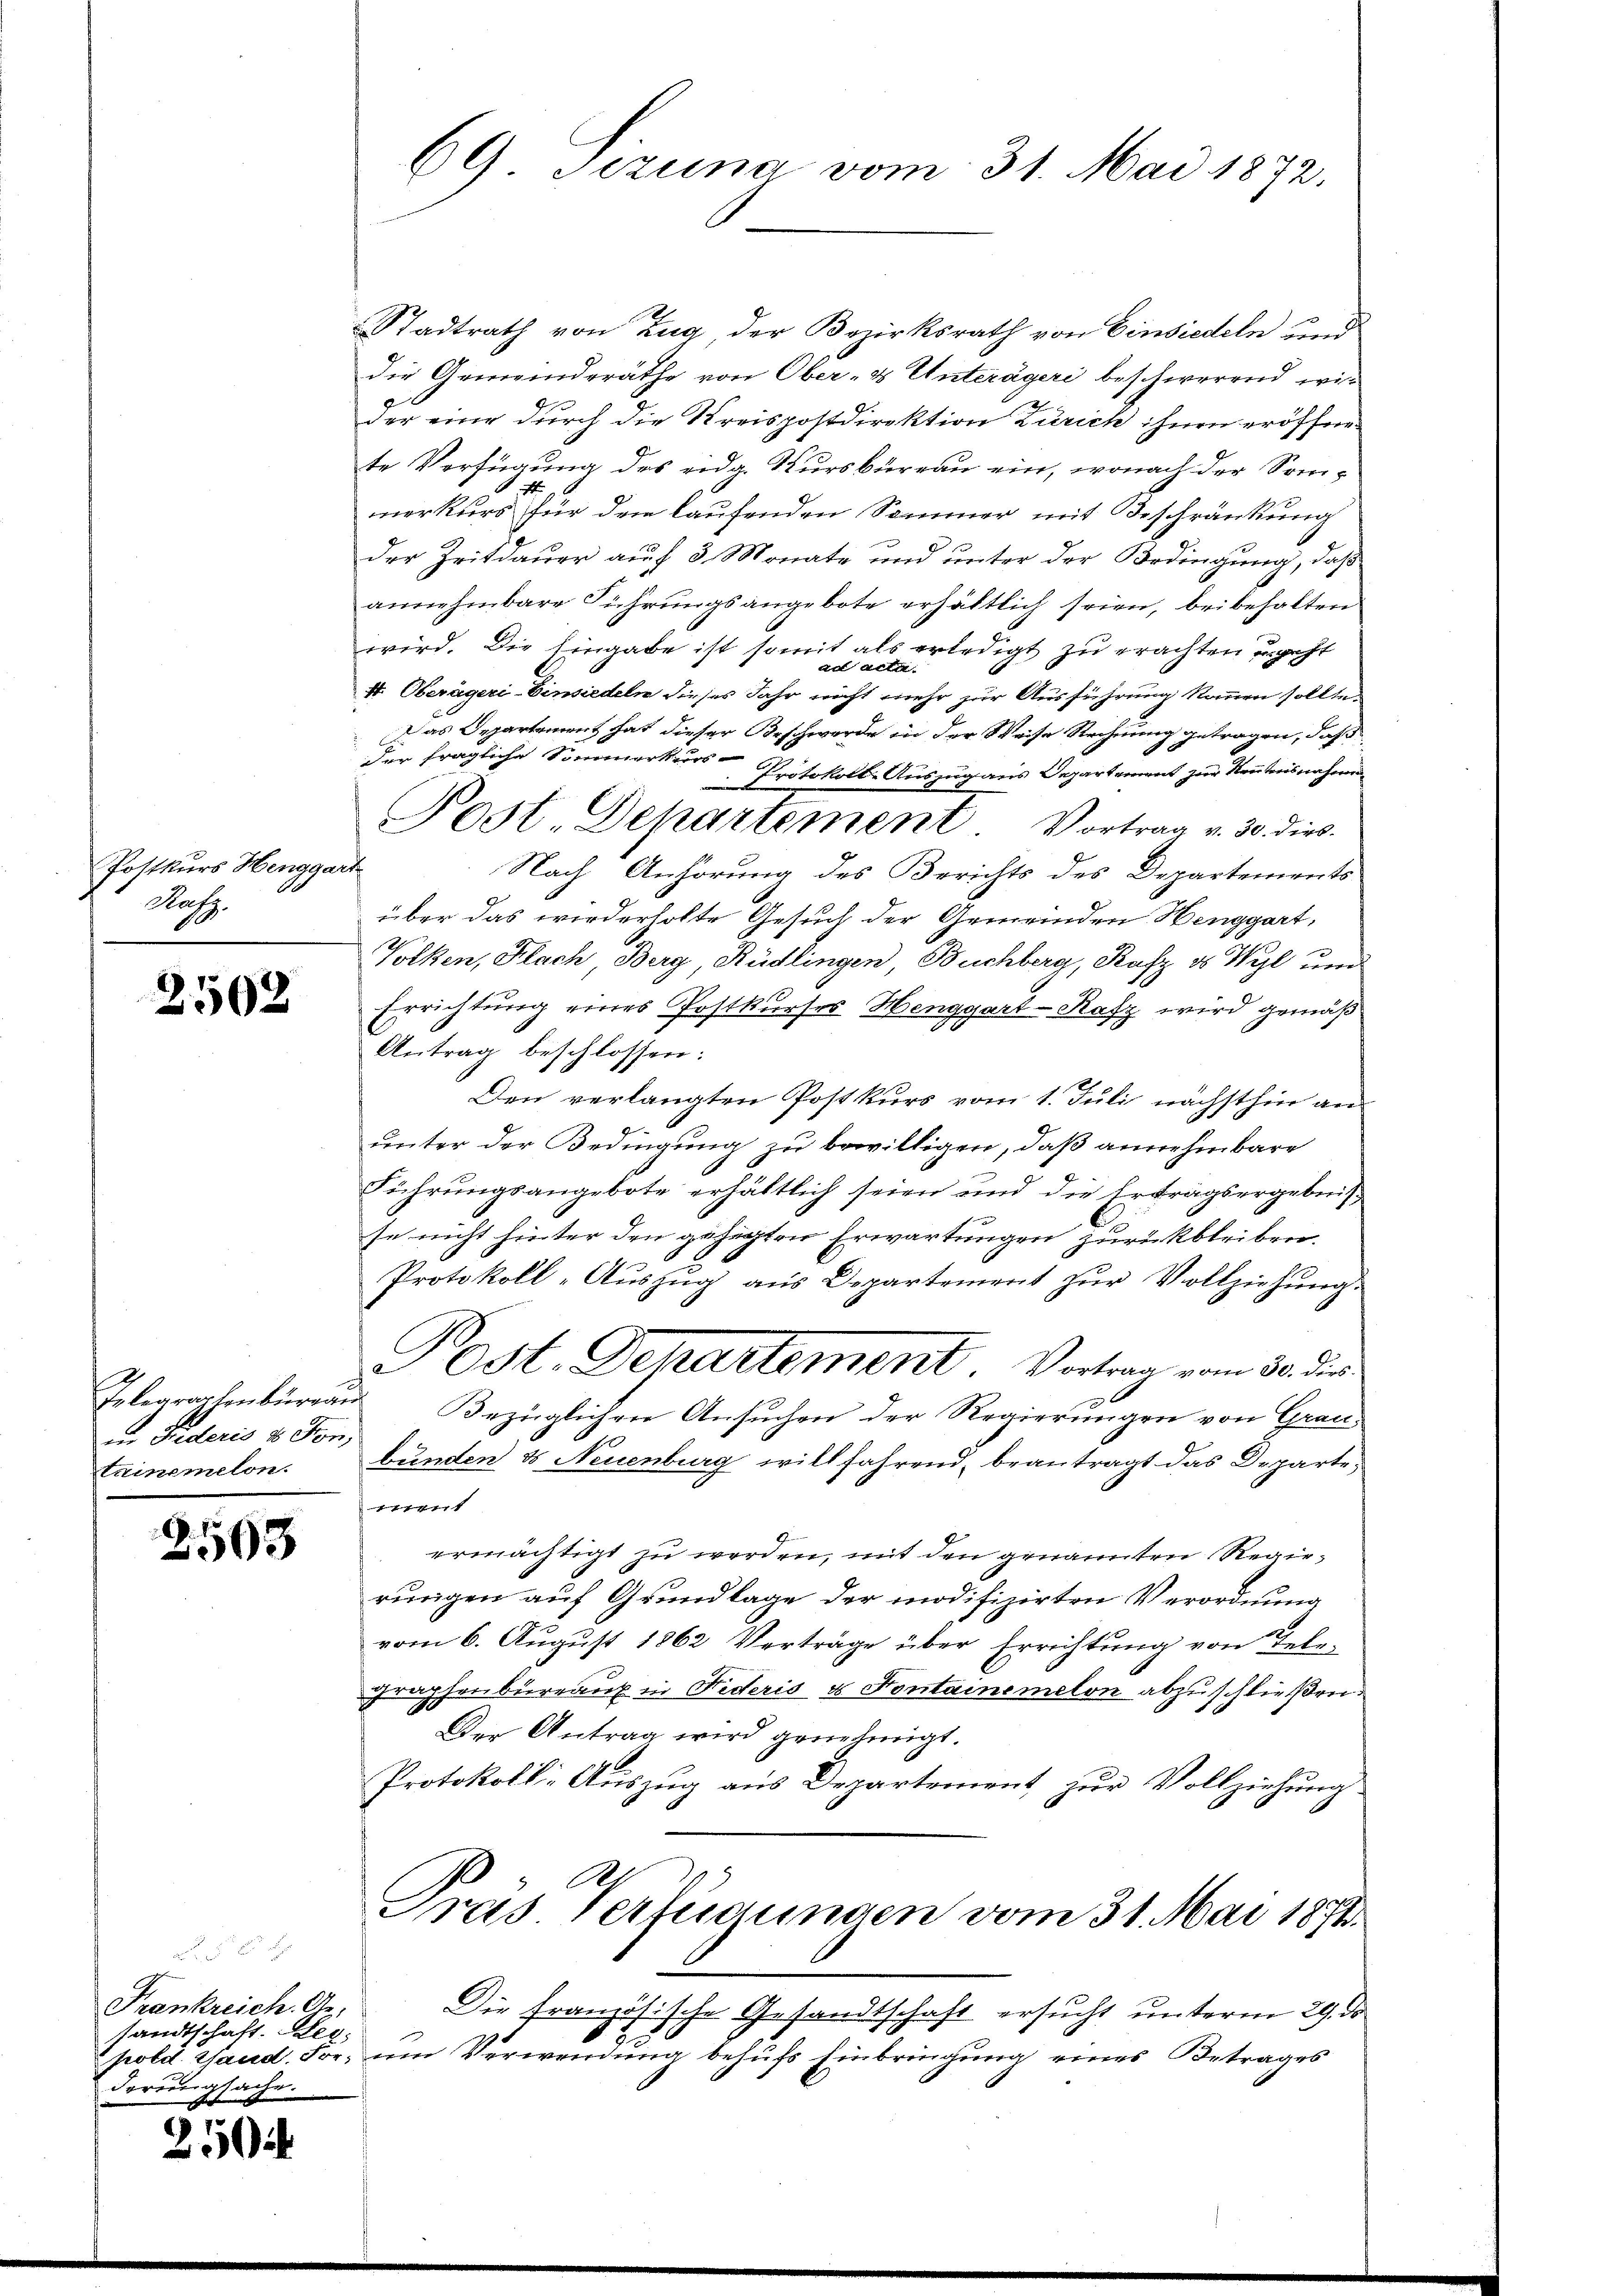
Postkurs Hengga
Pass

2502

Telegraphenbüreau
Din Fuderis u. Ton,
teinemelon.

2503

Frankreich. An-
sandtschaft. Heg
derungsache.
xx

2

69 Jezuna vom 31. Mai 1872.

Stadtrath von Zug, der Bezirksrath von Einsiedeln und
die Gemeinderäthe von Ober- & Unterägeri beschwerend wie
der eine durch die Kreispostdirektion Zürich ihnen eröffnete Verfügung des eidg. Kursbureau ein, wonach der Som¬
A
erkurs für den laufenden Sommer mit Beschränkung
der Zeitdauer auf 3 Monate und unter der Bedingung, daß
annehmbare Führungsangebote erhältlich seien, beibehalten
wird. Die Eingabe ist somit als erledigt zu erachten ungeht
ad acta.
1t. Oberägeri-Einsiedeln dieses Jahr nicht mehr zur Ausführung kommen sollte.
Das Departement hat dieser Beschwerde in der Weise Rechnung getragen, daß
der fragliche Sommerkers-Protokoll-Auszug aus Departement zur Kenntnisnahmen
.
Post. Departement. Vortrag v. 30. dies
f
Nach Anhörung des Berichts des Departements
über das wiederholte Gesuch der Gemeinden Henggart,
Volken, Flach Berg, Rüdlingen, Buchberg, Rafz ds Wyl und
Errichtung eines Postkurses Henggart-Rafz wird gemäß
2
Antrag beschlossen:
Den verlangten Postkurs vom 1. Juli nächsthin an
unter der Bedingung zu bewilligen, daß annehmbare
Führungsangebote erhältlich seien und die Ertragsergebnis
se nicht hinter den gehegten Erwartungen zurückbleiben.
Protokoll-Aŭszŭg aŭs Departement zŭr Vollziehŭng.
Post. Departement. Vortrag vom 30. dir.
Bezüglichen Ansuchen der Regierungen von Grau
bunden & Neuenburg willfahrend, beantragt das Departe¬
774 f.
ermächtigt zu werden, mit den genannten Regierungen auf Grundlage der modifizirten Verordnung
vom 6. August 1862 Verträge über Errichtung von Telegraphenbureaux in Nideris es Fontainemelon abzuschließen.
Der Antrag wird genehmigt.
Protokoll-Auszug aus Departement zur Vollziehung.
A.
Gras Verfügungen vom 31. Mai 1874.

Die Französische Gesandtschaft ersucht unterm 29. ds.
pold Gaud. For, um Verwendung behufs Einbringung eines Betrages